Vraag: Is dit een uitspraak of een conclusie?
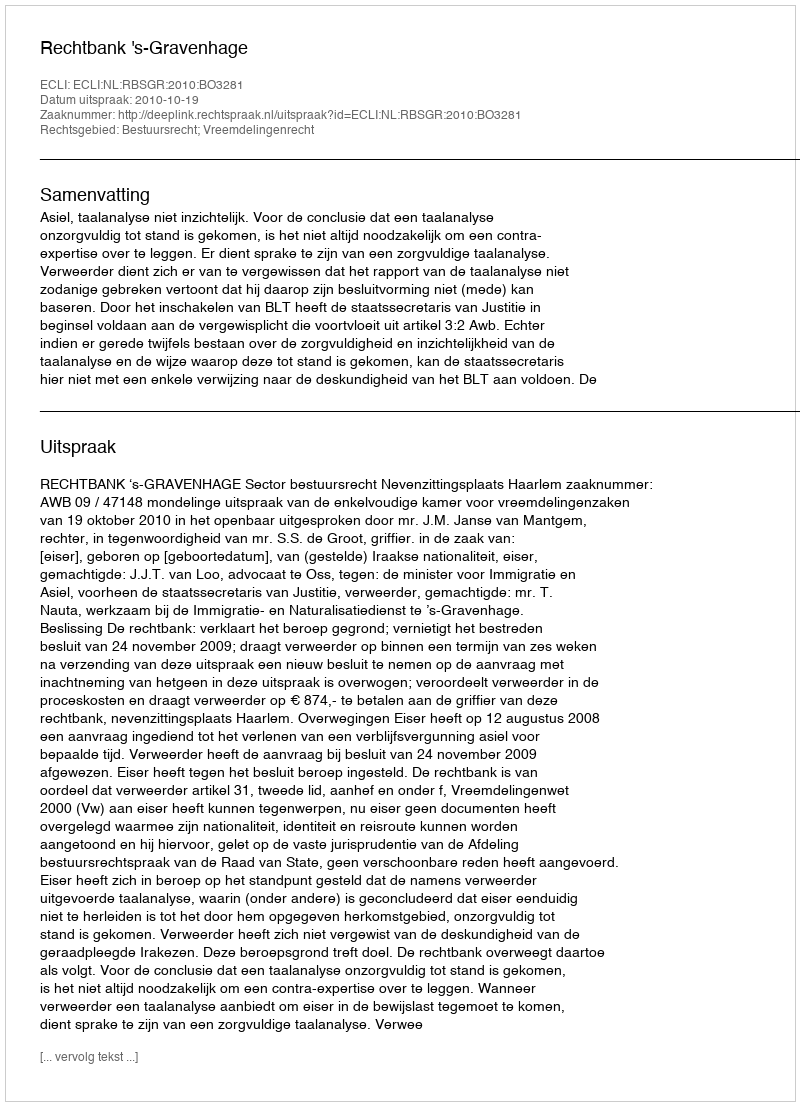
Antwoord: Uitspraak